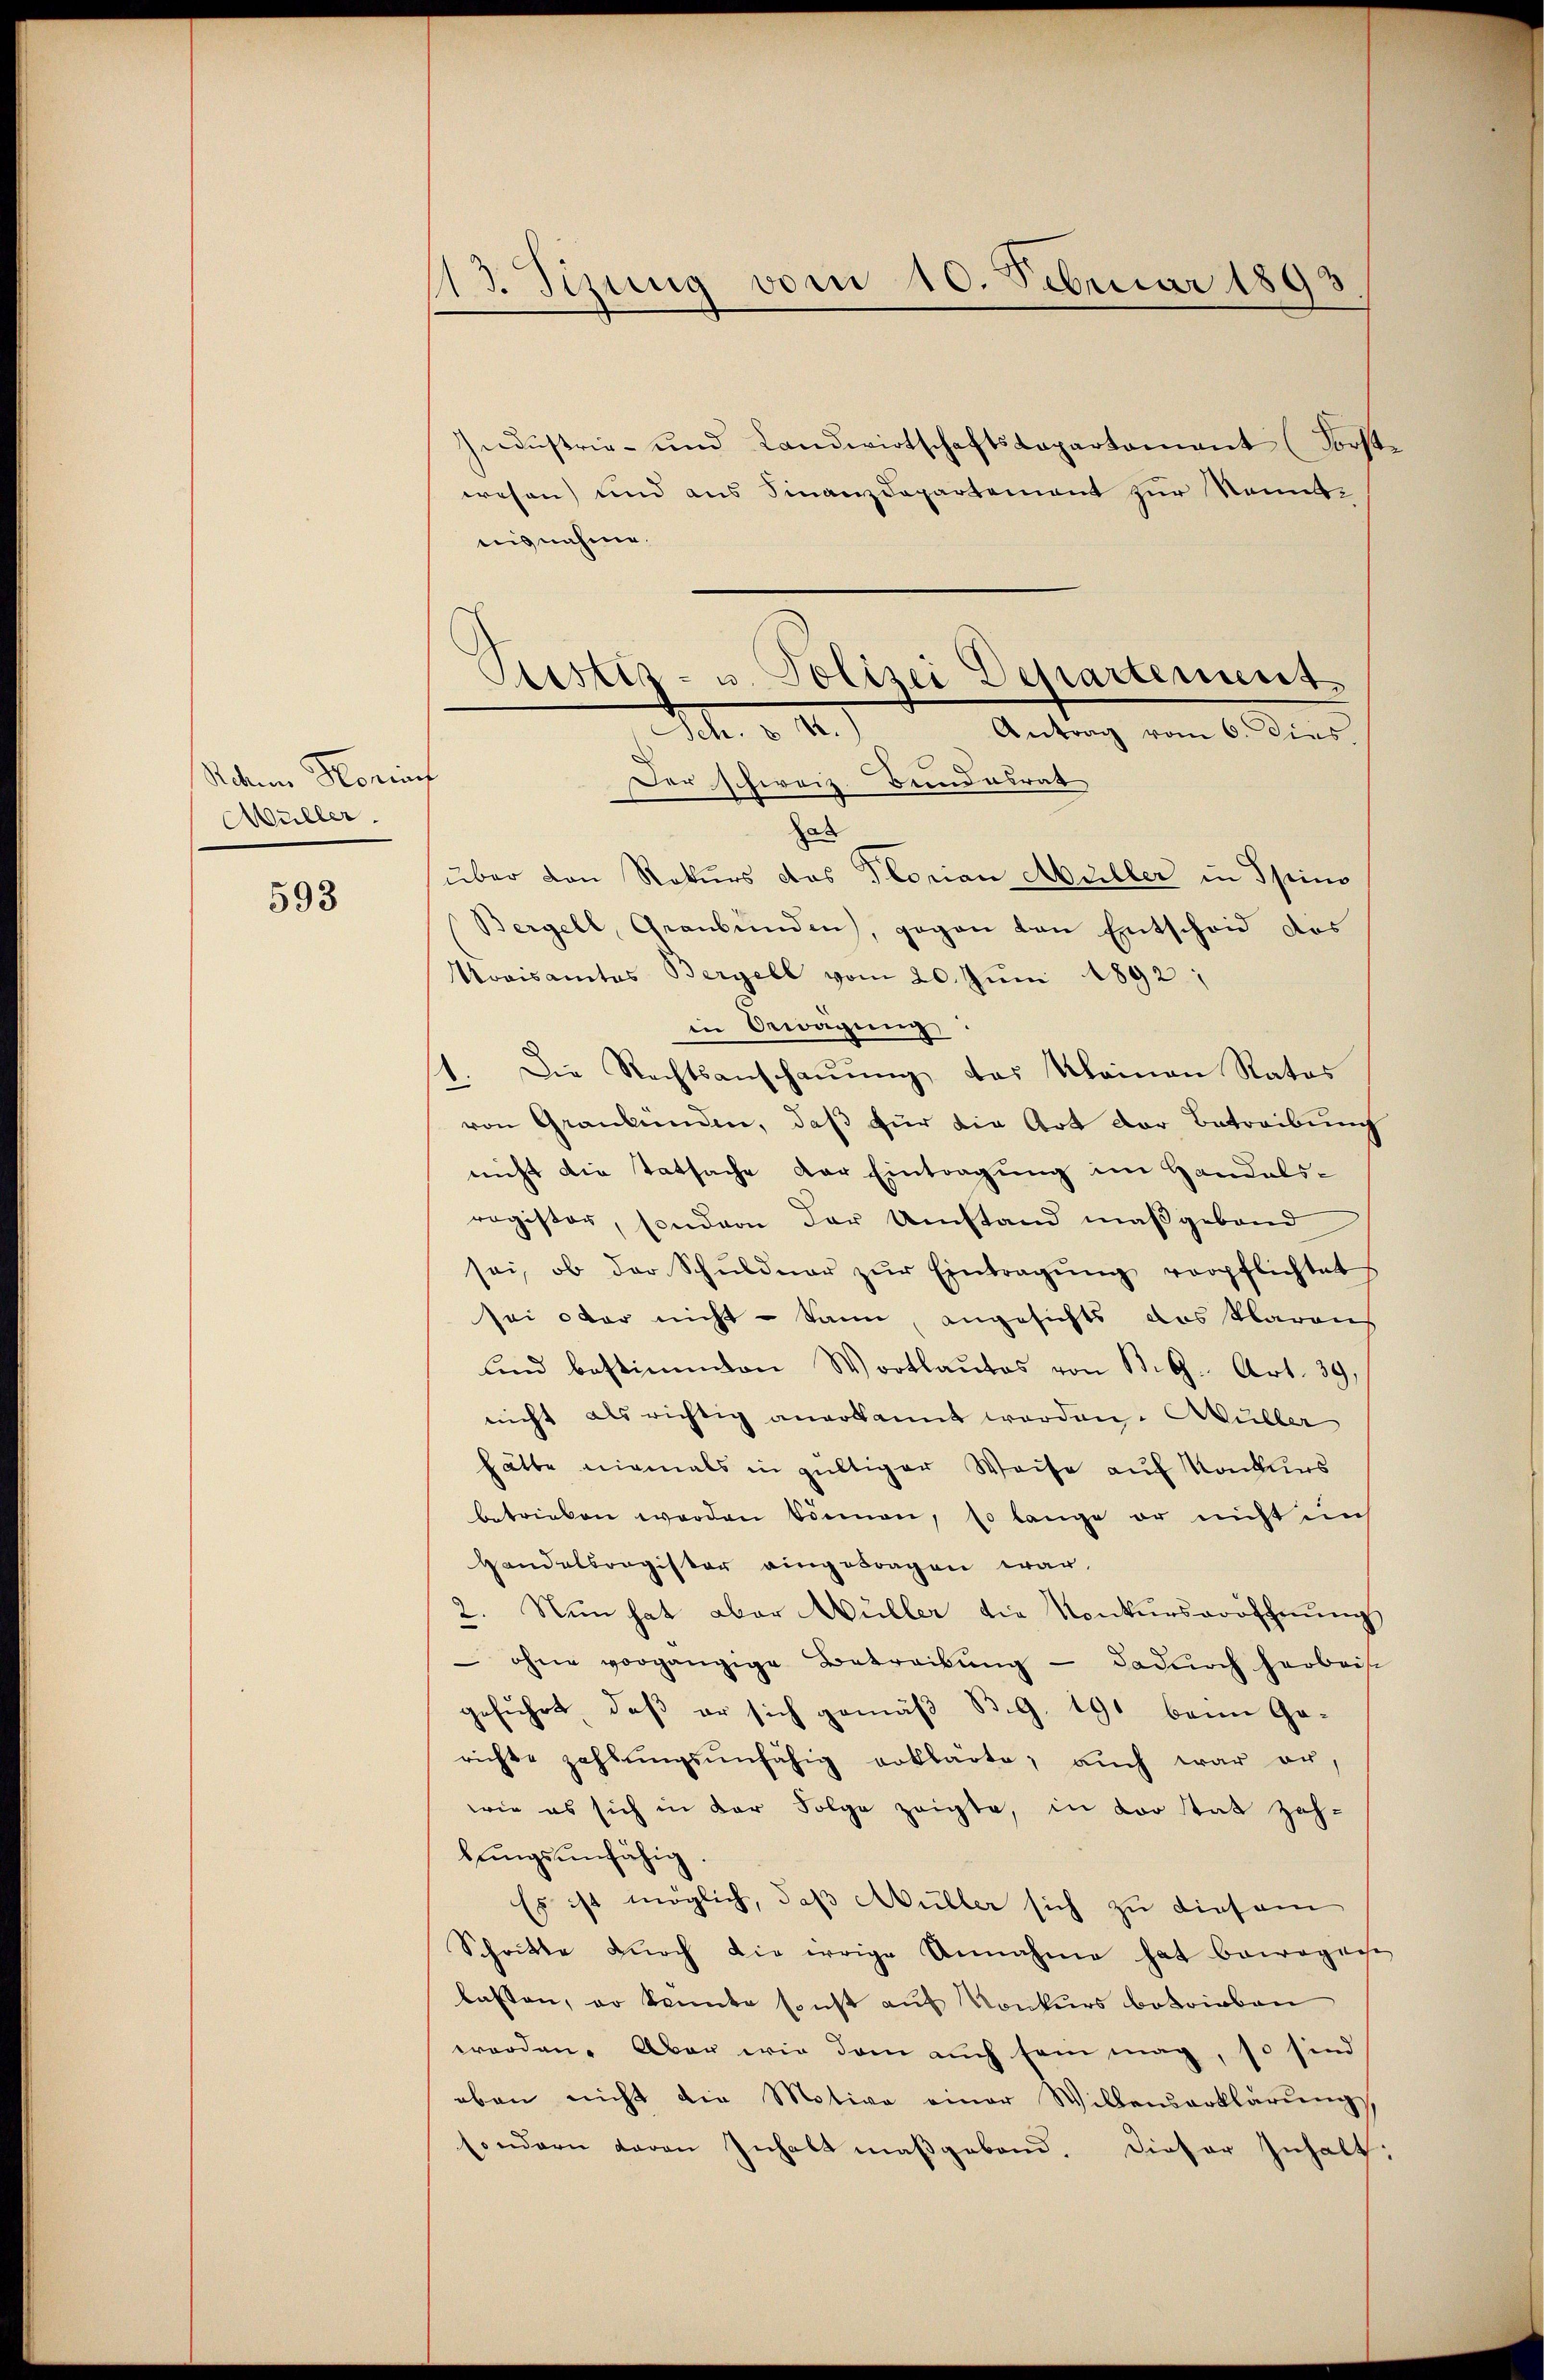
Rdum Honins
Müller.

593

13. Jezung vom 10. Februar 1893

Industrie- und Landwirtschaftsdepartement (Forste
wesen und aus Finanzdepartement zur Sonntnignahme.
f
Der schweiz. Bundesrat
hab
über von Rekurs das Florian Müller in Spino
Bergell, Graubünden, gegen von Entscheid des
Toaisamtes Bergell vom 20. Juni 1892:
in Bewegung
1. Die Rechtsanschauung, das Kleinen Ratos
von Graubünden, daß für die Art der Betreibung
nicht die Tatsache der Eintragung im Handelsragister, sondern der Umstand maßgeband
sei, ob der Schŭldner zŭr Eintragŭng verpflichtet
sei oder nicht – kann, angesichts das klaraus
und bestimmen Wortlautes von B. G. Art. 39,
nicht als richtig anerkannt worden. Müller
hätte niemals in gültiger Weise auf Konkurs
betrieben worden können, so lange er nicht uns
Handelsregister eingetragen war.
2. Nun hat aber Wüller die Konkurseröffnung
 ohne vorgängige Betreibŭng - dadŭrch herbeis
geführt, daβ er sich gemäβ B.G. 191 beim Ge-
richte zahlŭngsŭnfähig erklärte, auch war er,
wie es sich in der Folge zeigte, in vor stat zah-
bŭngsunfähig.
Es ist möglich, daß Müller sich zu diesem
Schritte dŭrch die irrige Annahme hat bewogen
lasten, er kannte sonst auf Konkurs betrieben
worden. Aber wie dem auch sein mag, so sind
eben nicht die Motive einer Willenserklärŭng,
sondern davon Inhalt maßgebend. Dieser Inhalt:

Justiz- u. Polizei Departement
M. v. M.
Antrag vom 6. dies